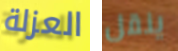
العزلة ينقل